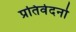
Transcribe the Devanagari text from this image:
प्रतिवेदनो